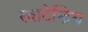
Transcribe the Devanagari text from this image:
स्वादेन्द्रिय